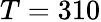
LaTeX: T=310